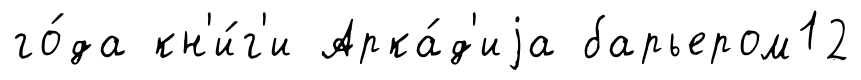
го́да кн'и́г'и Арка́д'иjа барьером12